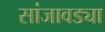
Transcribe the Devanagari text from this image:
सांजावड्या